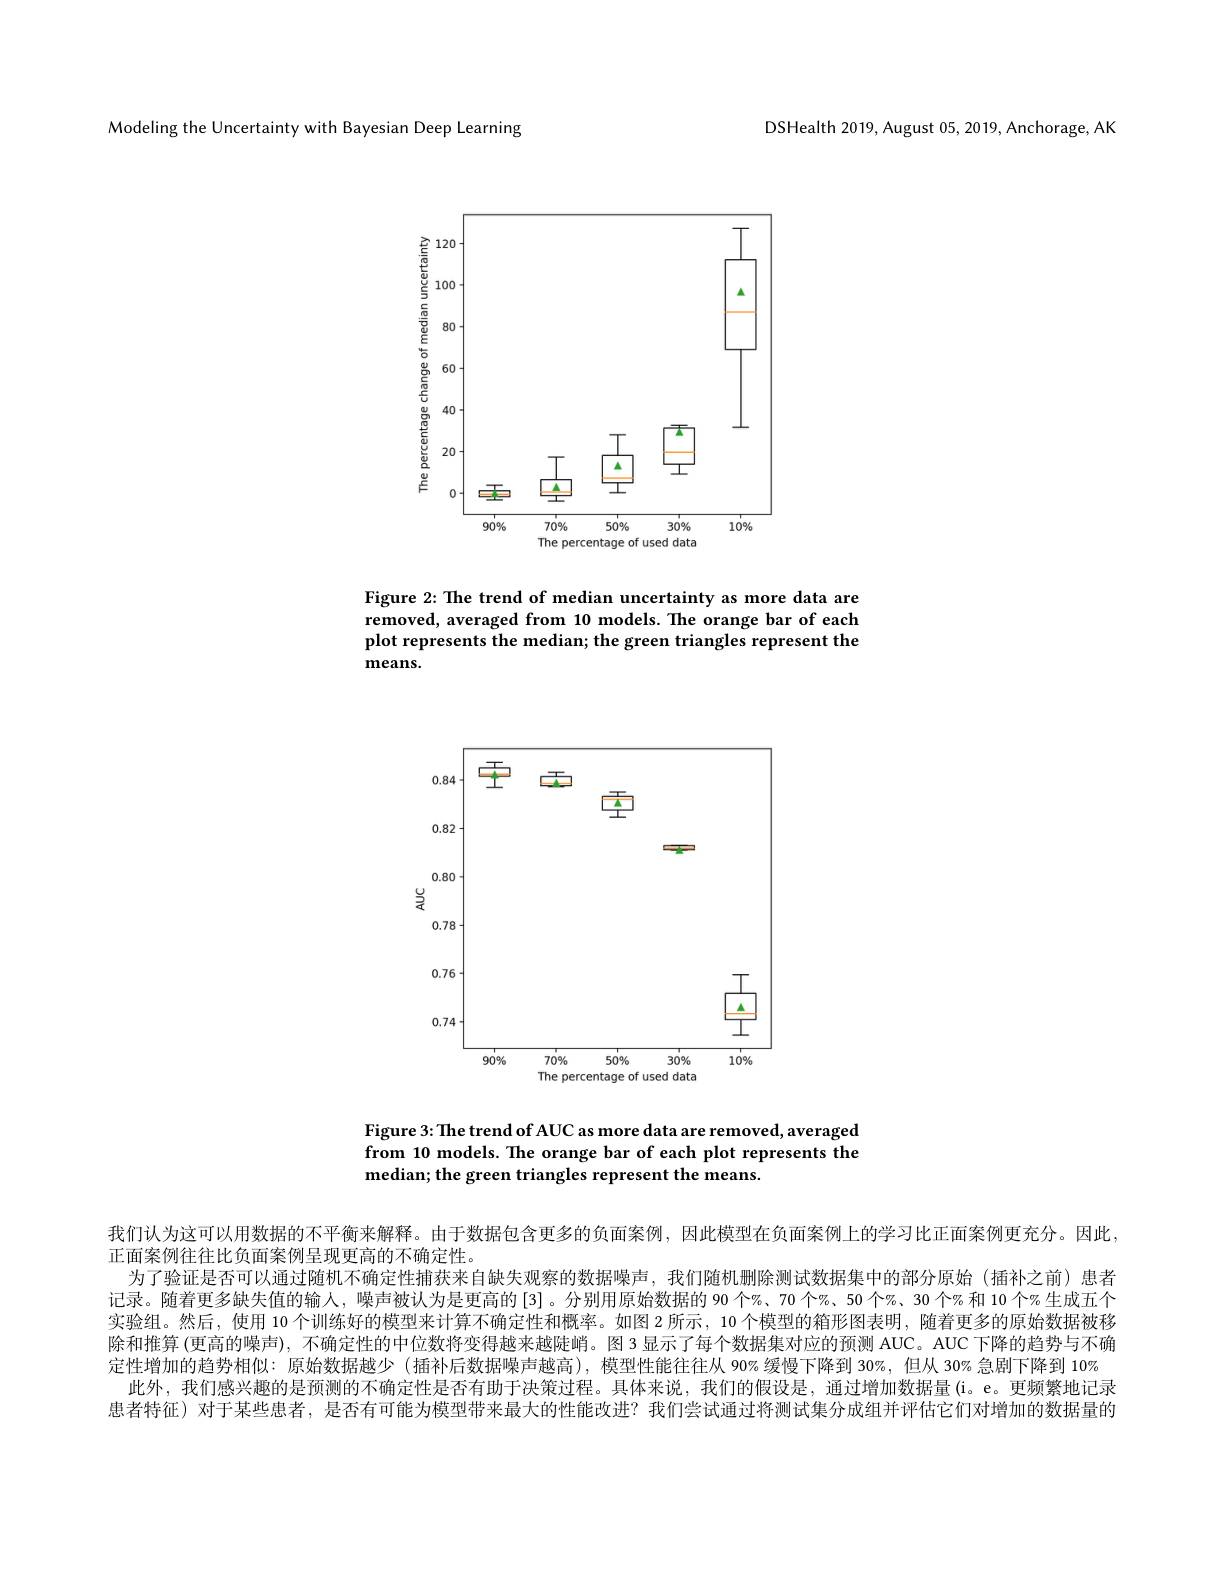
DSHealth 2019, August 05,2019, Anchorage, AK

Modeling the Uncertainty with Bayesian Deep Learning

<FigureHere>

Figure 2: The trend of median uncertainty as more data are removed, averaged from 10 models. The orange bar of each plot represents the median; the green triangles represent the means.

<FigureHere>

Figure 3: The trend of AUC as more data are removed, averaged from 10 models. The orange bar of each plot represents the median; the green triangles represent the means.

我们认为这可以用数据的不平衡来解释。由于数据包含更多的负面案例，因此模型在负面案例上的学习比正面案例更充分。因此，
正面案例往往比负面案例呈现更高的不确定性。
为了验证是否可以通过随机不确定性捕获来自缺失观察的数据噪声，我们随机删除测试数据集中的部分原始(插补之前)患者记录。随着更多缺失值的输人，噪声被认为是更高的[3]。分别用原始数据的 90 个%、70 个%、50 个%、30 个% 和 10 个% 生成五个实验组。然后，使用 10 个训练好的模型来计算不确定性和概率。如图 2 所示，10 个模型的箱形图表明，随着更多的原始数据被移除和推算 (更高的噪声), 不确定性的中位数将变得越来越陡峭。图3显示了每个数据集对应的预测 AUC。AUC 下降的趋势与不确定性增加的趋势相似：原始数据越少 (插补后数据噪声越高),模型性能往往从 90% 缓慢下降到 30%,但从 30% 急剧下降到 10%
此外，我们感兴趣的是预测的不确定性是否有助于决策过程。具体来说，我们的假设是，通过增加数据量(i。e。更频繁地记录患者特征)对于某些患者，是否有可能为模型带来最大的性能改进？我们尝试通过将测试集分成组并评估它们对增加的数据量的